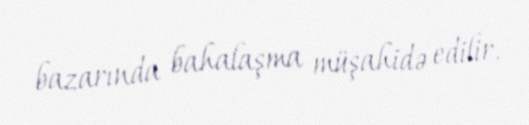
bazarında bahalaşma müşahidə edilir.